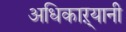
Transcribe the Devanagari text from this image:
अधिकाऱ्यानी